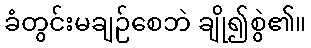
ခံတွင်းမချဉ်စေဘဲ ချို၍စွဲ၏။